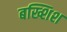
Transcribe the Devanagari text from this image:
बख्शिश